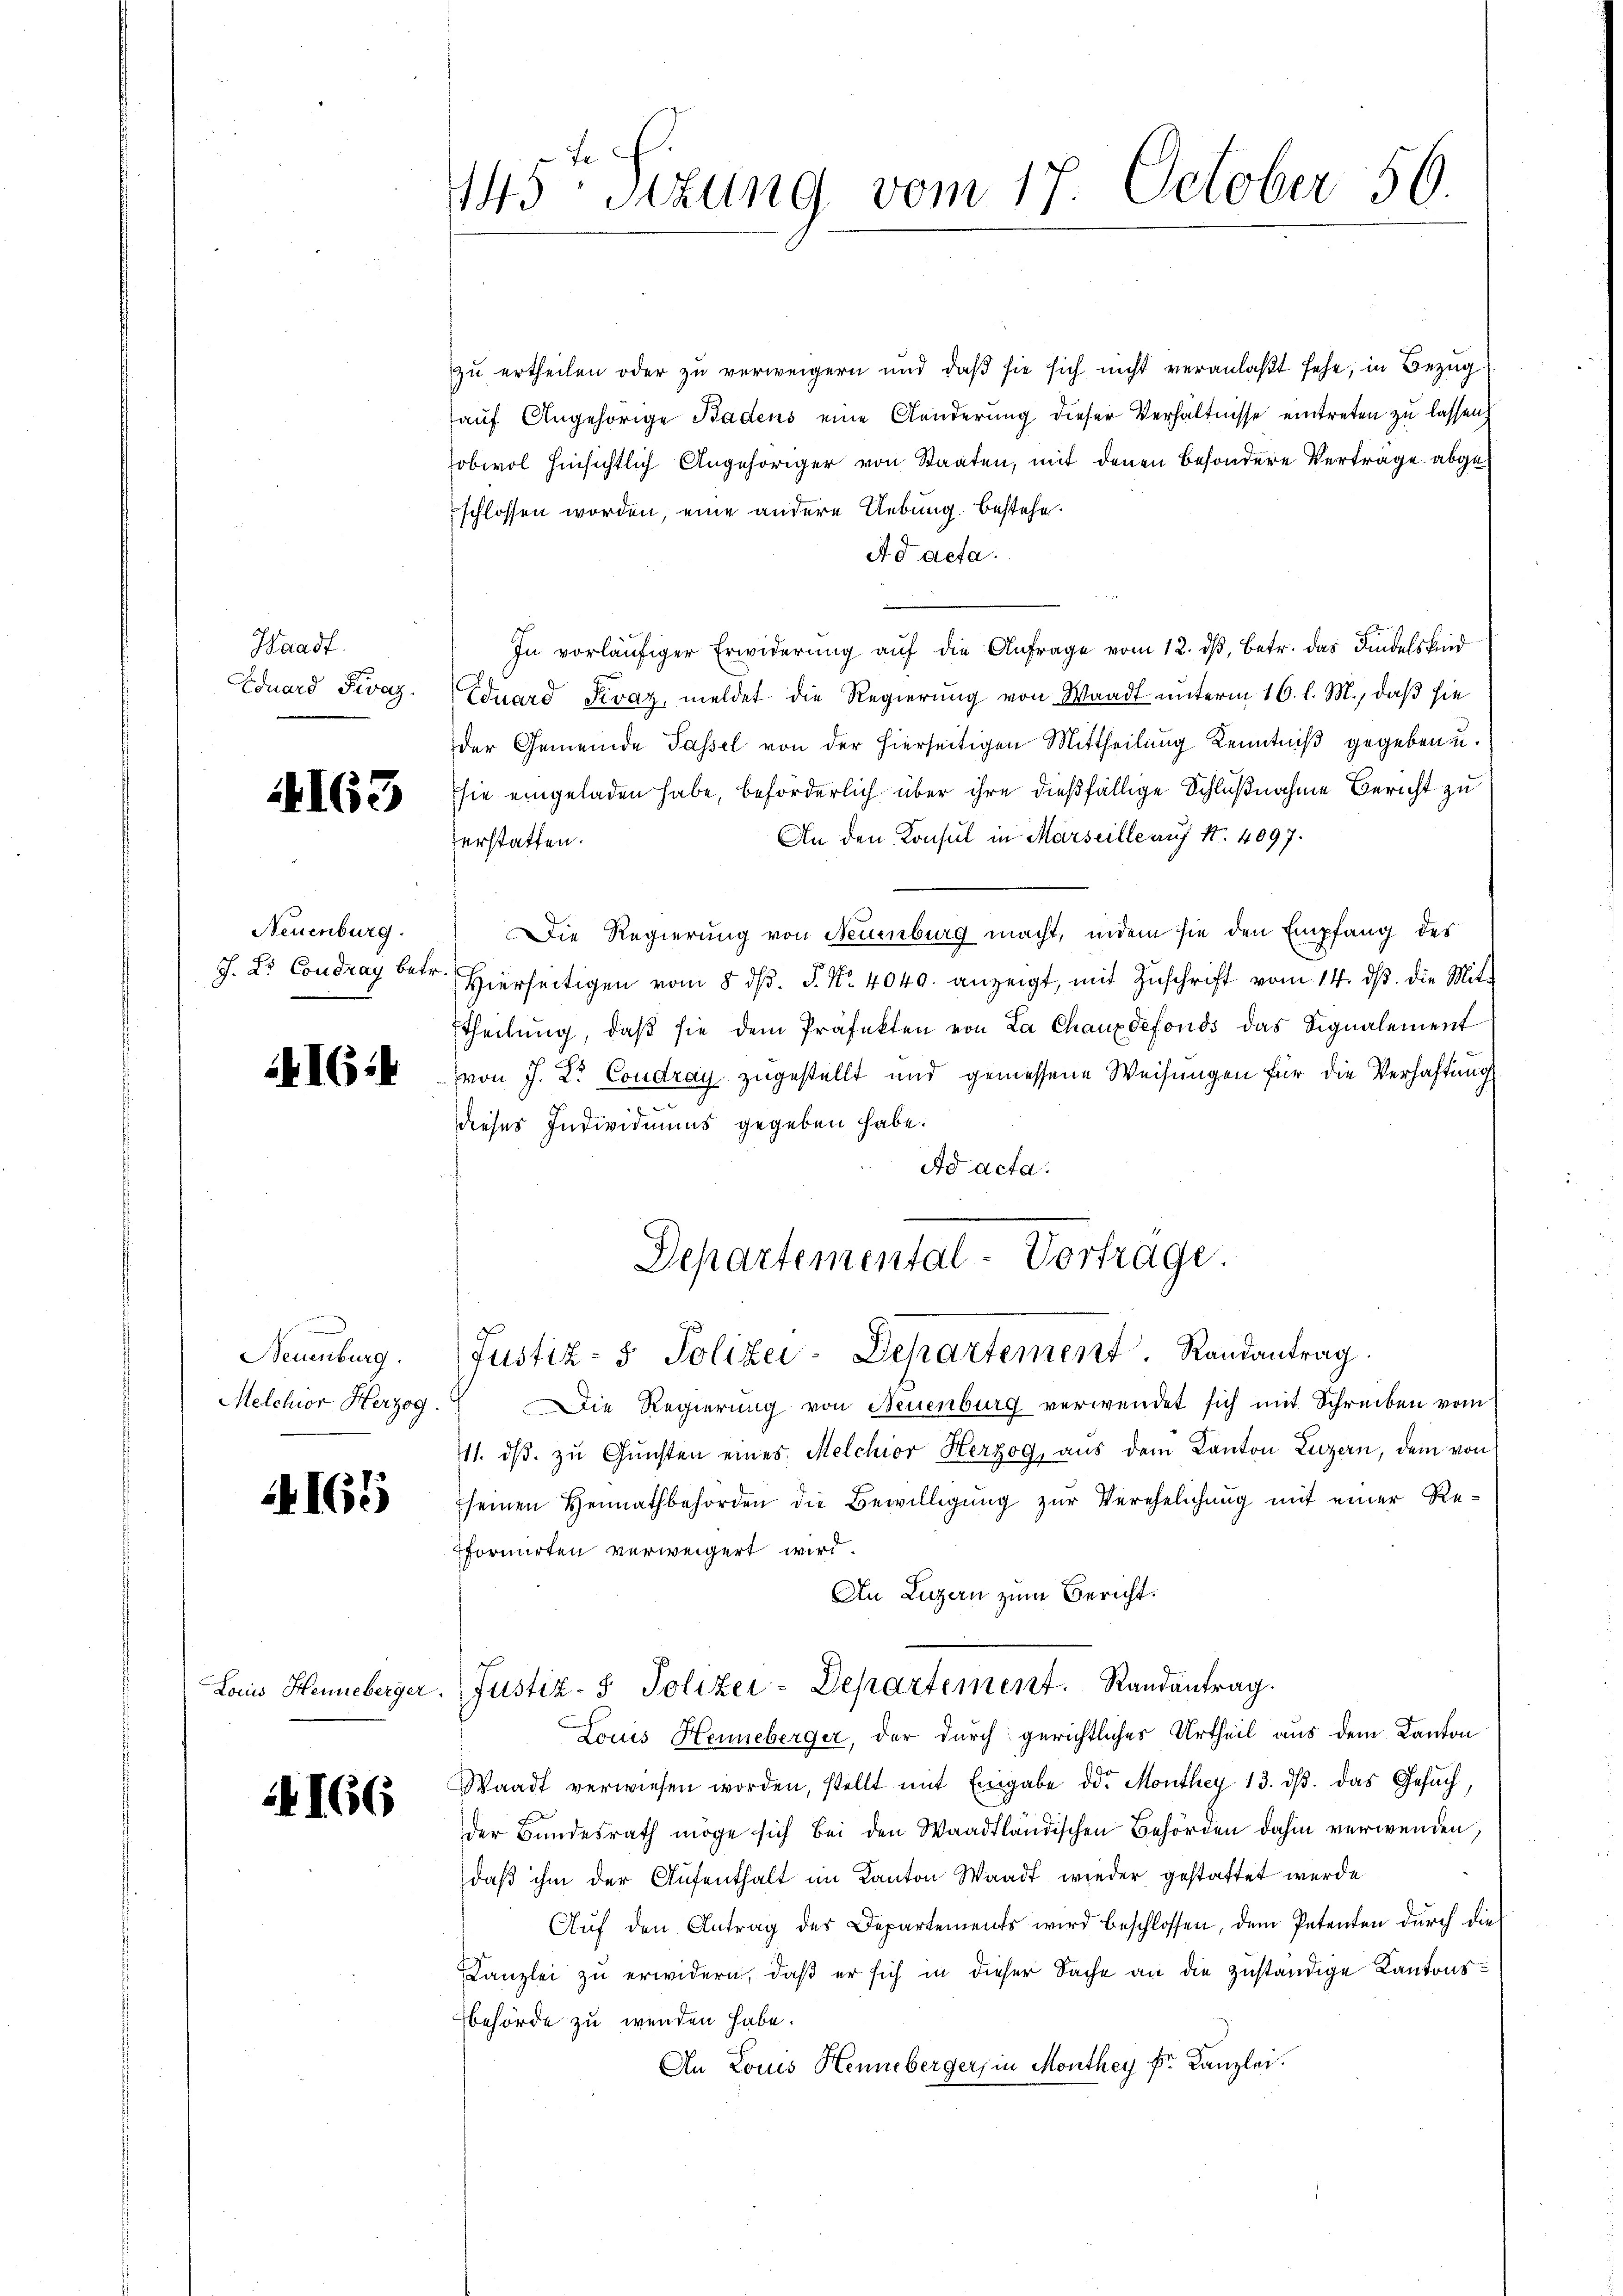
Waadt.
Eduard Fivaz

163

Neuenburg.
J. Dr. Coudray betr.

16:

Neuenburg.
Melchior Herzog.

4165

Louis Henneberger.

166

Fe
445 Sitzung vom 17. October 50.

zu ertheilen oder zu verweigern und daß sie sich nicht veranlaßt sehe, in Bezug
auf Angehörige Badens eine Aenderung dieser Verhältnisse eintreten zu lassen,
obwol hinsichtlich Angehöriger von Staaten, mit denen besondere Verträge abgeschlossen worden, eine andere Uebung bestehe
Ad acta.
In vorläufiger Erwiderung auf die Anfrage vom 12. dβ, betr. das Kindelskind
Eduard Pivaz, meldet die Regierung von Waadt unterm 16. l. M., daß sie
der Gemeinde Passel von der hierseitigen Mittheilung Kenntniß gegeben u.
sie eingeladen habe, beförderlich über ihre dießfällige Schlußnahme Bericht zu
An den Konsul in Marseille auf 1. 4097.
verstatten.
Die Regierung von Neuenburg macht, indem sie den Empfang des
Hierseitigen vom 8. dβ. P. Nr. 4040. anzeigt, mit Zŭschrift vom 14. dβ. die Mit-
Etheilŭng, daβ sie dem Präfekten von La Chauxdefonds das Signalement
von J. L. Coudray zugestellt und gemessene Weisungen für die Verhaftung
.
dieses Individuums gegeben habe.
Ad acta.
Departemental-Vortrage.
Justiz- & Polizei-Departement. Randantrag.
Die Regierung von Neuenburg verwendet sich mit Schreiben vom
111. dβ zŭ Gŭnsten eines Melchior Herzog, aus dem Kanton Luzern, dem von
seinen Heimathbehörden die Bewilligŭng zŭr Verehelichung mit einer Re-
formirten verweigert wird.
An Luzern zum Bericht.
Justiz- & Polizei-Departement. Randantrag.
Louis Henneberger, der durch gerichtliches Urtheil aus dem Kanton
Waadt verwiesen worden, stellt mit Eingabe der Monthey 13. dβ. das Gesŭch,
der Bundesrath möge sich bei den Waadtländischen Behörden dahin verwenden,
daß ihm der Aufenthalt im Kanton Waadt wieder gestattet werde
Aŭf den Antrag des Departements wird beschlossen, dem Petenten durch die
Kanzlei zu erwidern, daß er sich in dieser Sache an die zuständige Kantons¬
Behörde zu wenden habe.
An Louis Henneberger, in Monthey Dr. Kanzlei.